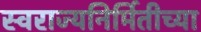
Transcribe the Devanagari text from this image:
स्वराज्यनिर्मितीच्या